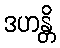
ဒဟန္တိ